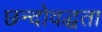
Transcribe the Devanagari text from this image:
छन्दोवद्धता